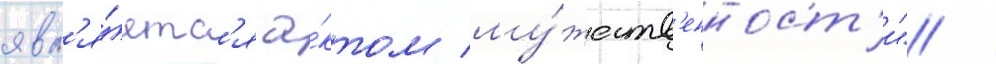
явл'я́етс'я а́ктом му́жеств'енност'и" /